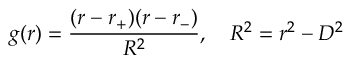
g ( r ) = { \frac { ( r - r _ { + } ) ( r - r _ { - } ) } { R ^ { 2 } } } , \ \ \ R ^ { 2 } = r ^ { 2 } - D ^ { 2 }